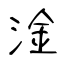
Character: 淦